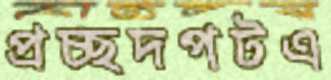
প্রচ্ছদপটএ